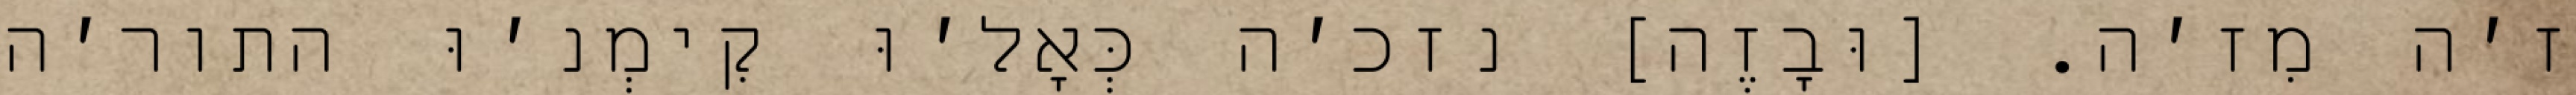
ז׳ה מִז׳ה. [וּבָזֶה] נזכ׳ה כְּאָל׳וּ קִימְנ׳וּ התור׳ה